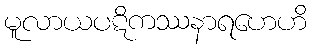
မူလာယပဋိကဿနာရဟေဟိ